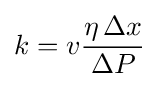
k=v{\frac {\eta \,\Delta x}{\Delta P}}